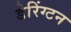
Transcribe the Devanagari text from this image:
डेरिंग्टन